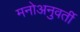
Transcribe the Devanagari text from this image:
मनोअनुवर्ती